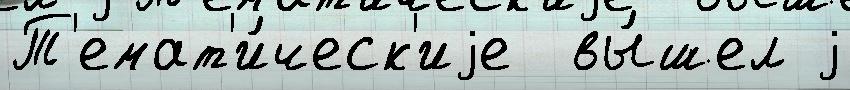
Т'емат'и́ческ'иjе  вы́шел j